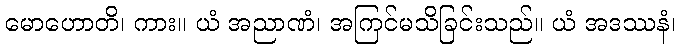
မောဟောတိ၊ ကား။ ယံ အညာဏံ၊ အကြင်မသိခြင်းသည်။ ယံ အဒဿနံ၊